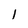
Character: 1